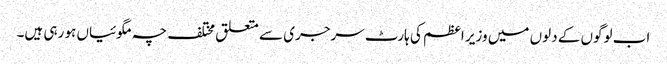
اب لوگوں کے دلوں میں وزیر اعظم کی ہارٹ سرجری سے متعلق مختلف چہ مگوئیاں ہو رہی ہیں۔